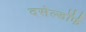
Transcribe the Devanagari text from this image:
दसेल्डॉर्फ